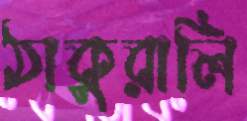
ঠাকুরালি